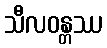
သီလဝန္တဿ